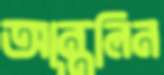
আন্তলিন